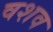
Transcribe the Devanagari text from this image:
वशव